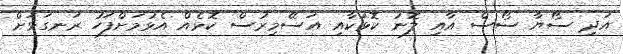
އަދި ސޯޔާ ސޯސް އާއި ލޮނު ކޮޅަކާއި އަސޭމިރުސް ކޮޅެއް އެޅުމަށްފަހު ރަނގަޅަށް